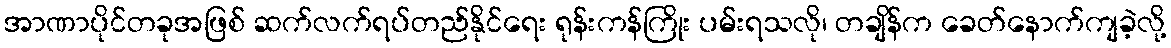
အာဏာပိုင်တခုအဖြစ် ဆက်လက်ရပ်တည်နိုင်ရေး ရုန်းကန်ကြိုး ပမ်းရသလို၊ တချိန်က ခေတ်နောက်ကျခဲ့လို့